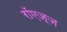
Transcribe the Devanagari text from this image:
रॉएज़्ज़